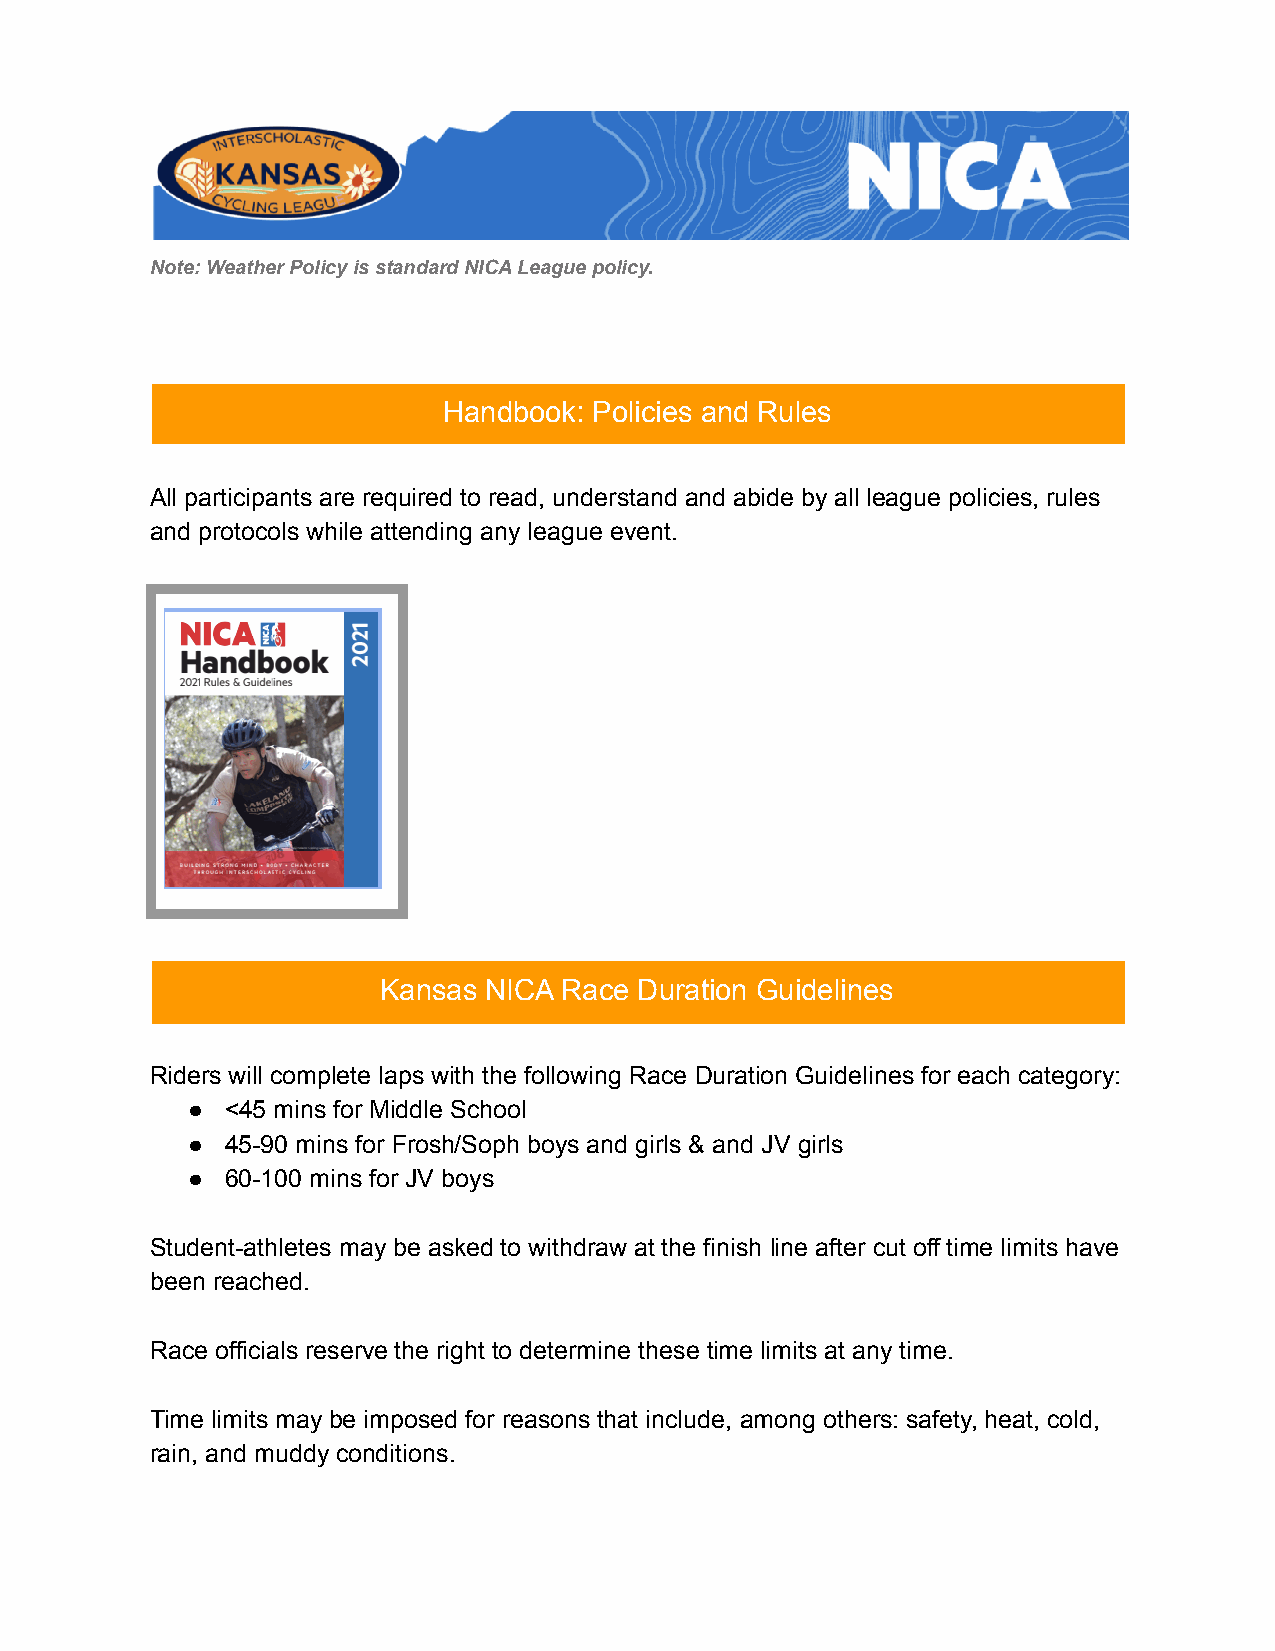
Note: Weather Policy is standard NICA League policy.
 Handbook: Policies and Rules
 All participants are required to read, understand and abide by all league policies, rules
 and protocols while attending any league event.
 Kansas NICA Race Duration Guidelines
 Riders will complete laps with the following Race Duration Guidelines for each category:
 ●  <45 mins for Middle School
 ●  45-90 mins for Frosh/Soph boys and girls & and JV girls
 ●  60-100 mins for JV boys
 Student-athletes may be asked to withdraw at the finish line after cut off time limits have
 been reached.
 Race officials reserve the right to determine these time limits at any time.
 Time limits may be imposed for reasons that include, among others: safety, heat, cold,
 rain, and muddy conditions.